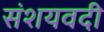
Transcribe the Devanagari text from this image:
संशयवदी